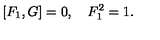
\left[ F _ { 1 } , G \right] = 0 , \quad F _ { 1 } ^ { 2 } = 1 .